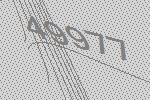
49977